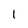
Character: I